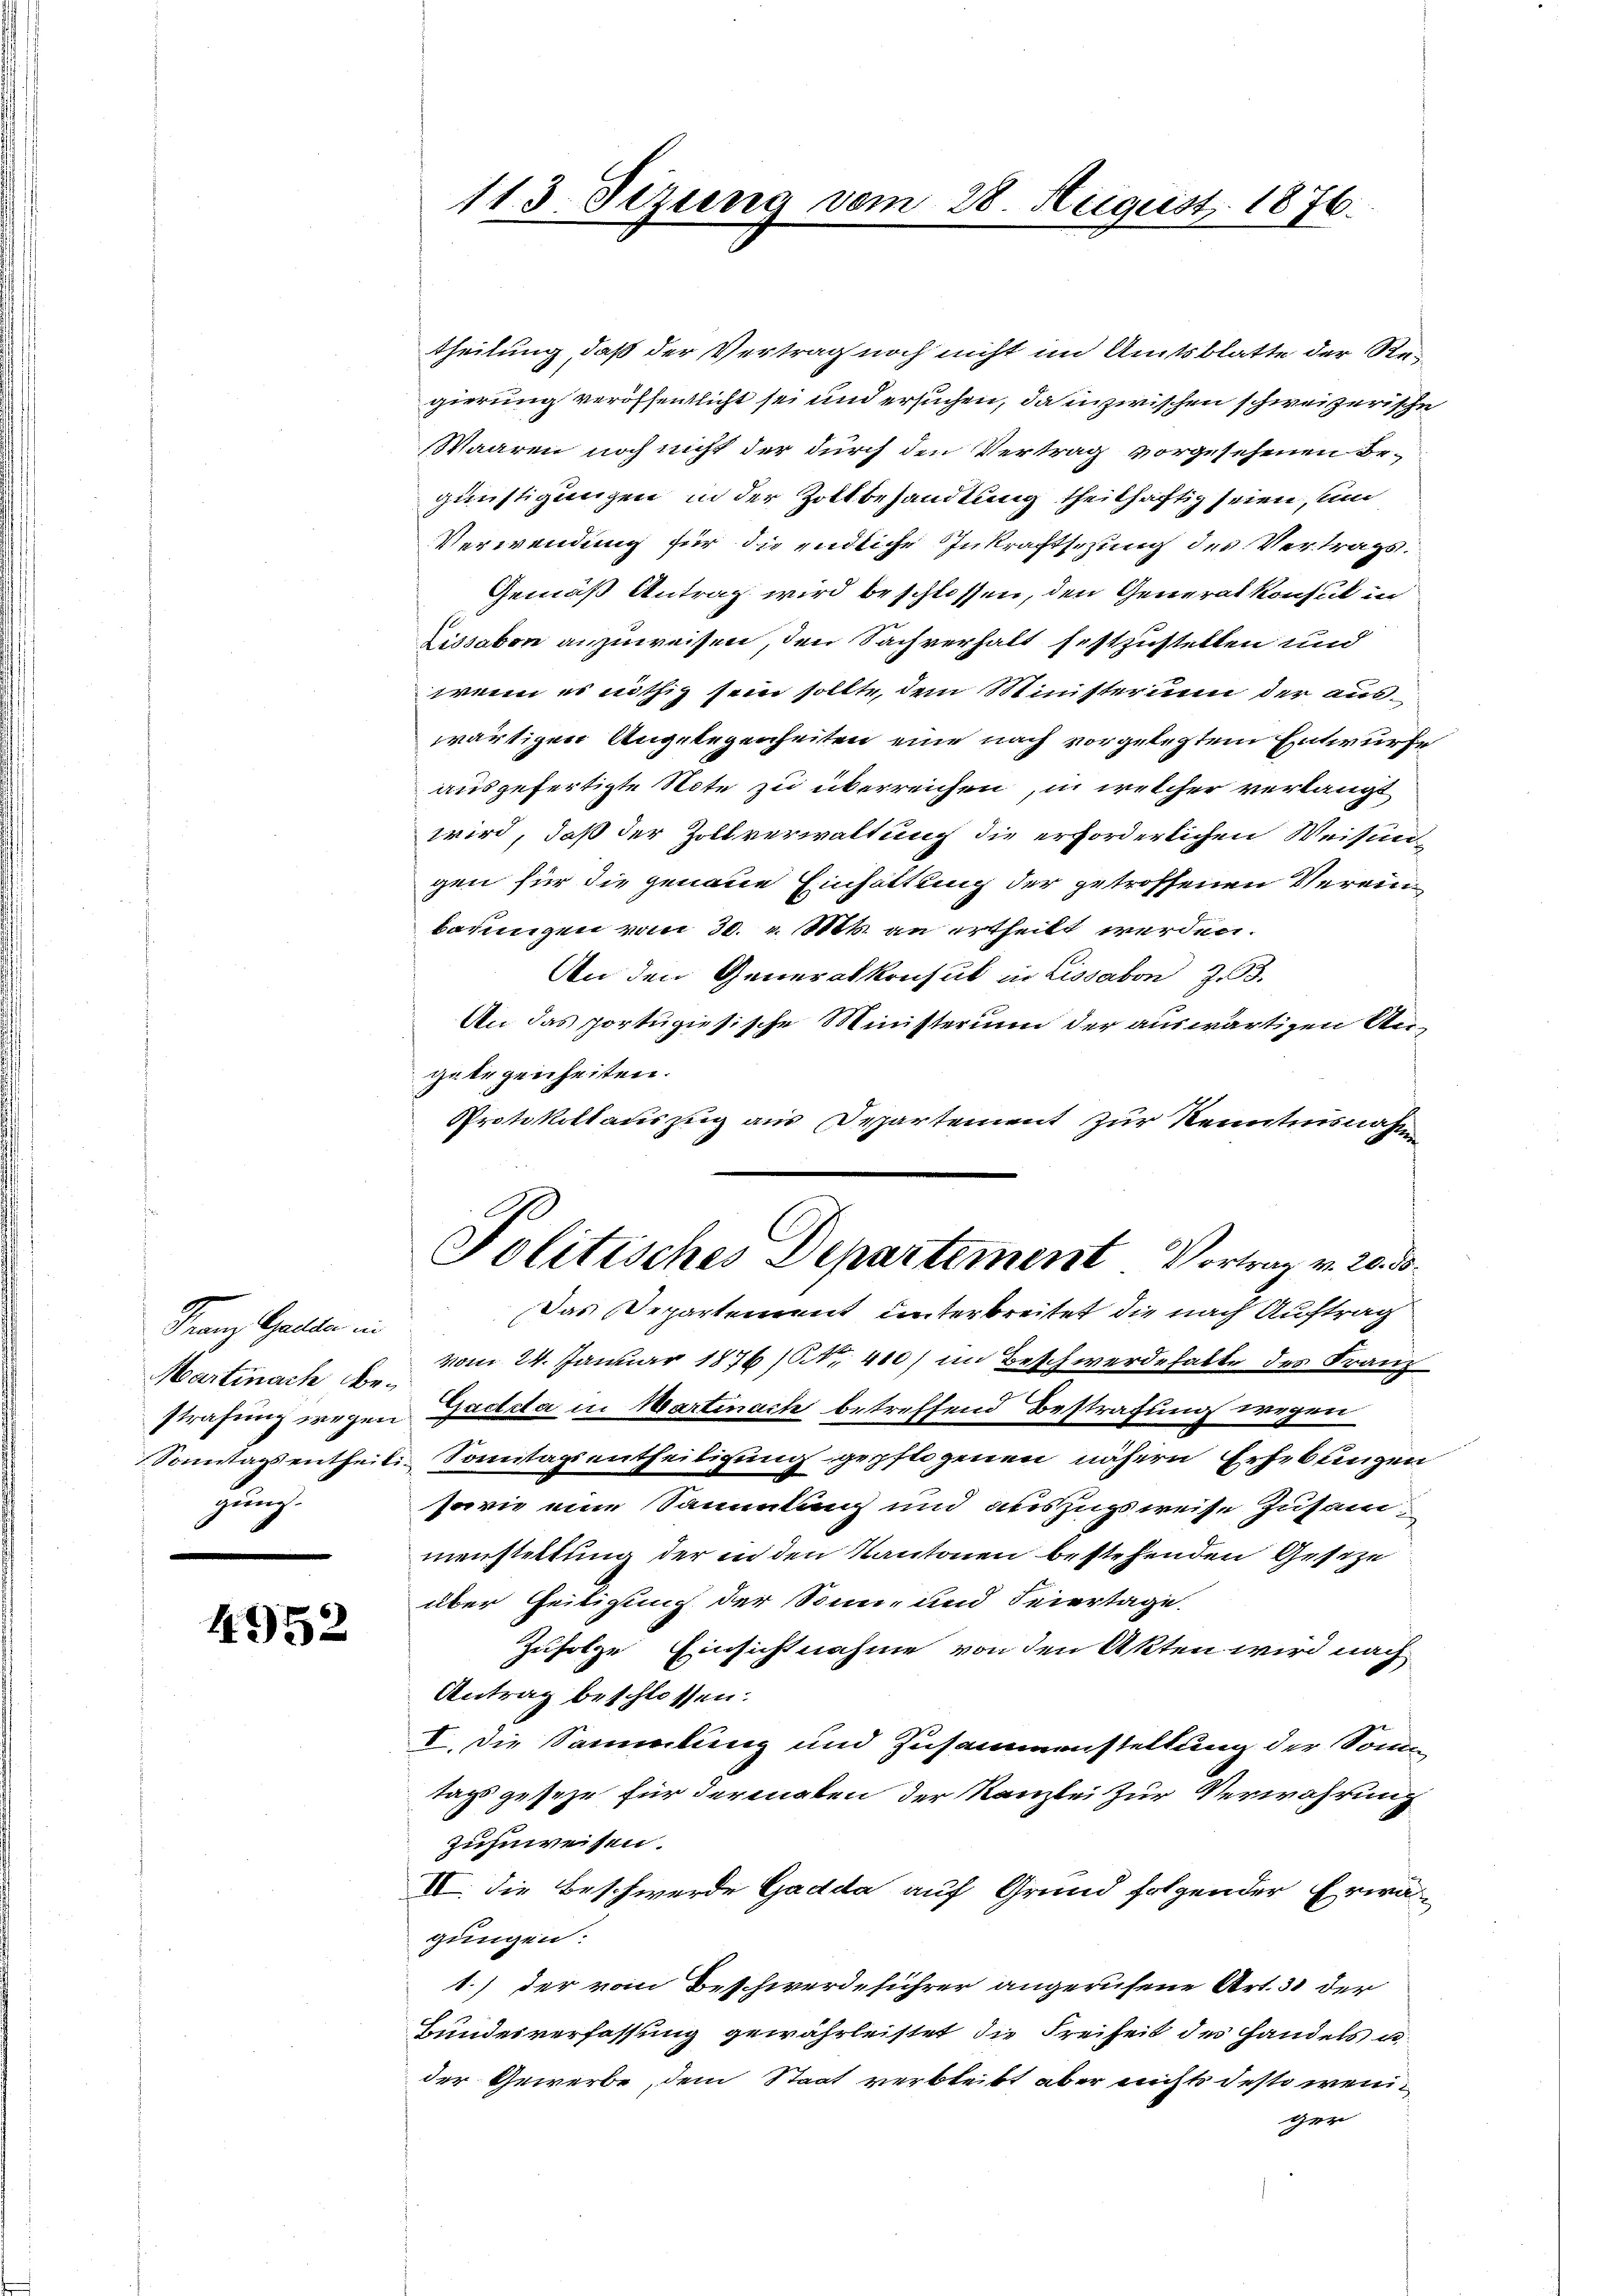
Franz anden in
Martinach Begung.

4952

113. Sizung vom 28. August 1876.

theilung, daß der Vertrag noch nicht im Amtsblatte der Regierung veröffentlicht sei und ersuchen, da inzwischen schweizerische
Waaren noch nicht der durch den Vertrag vorgesehenen Ergünstigungen in der Zollbesandtung theilhaftig seien, und
Verwendung für die endliche Inkraftsezung des Vertrags¬
Gemäß Antrag wird beschlossen, den Generalkonsul in
Lissabon anzuweisen, den Sachverhalt festzustellen und
wenn es nöthig sein sollte, dem Ministerium der auswärtigen Angelegenheiten eine nach vorgelegtem Entwurfe
ausgefertigte Note zu überreichen, in welcher verlangt
wird, daß der Zollverwaltung die erforderlichen Weisun
gen für die genaue Einhaltung der getroffenen Vereinbauungen vom 30. v. Mts. an ertheilt werden.
An den Generalkonsul in Lissabon zu 3.
An das portugisische Ministerium der auswärtigen Angelegenheiten.
Protokollauszug aus Departement zur Kenntnisnahm
Politisches Departement Vortrag v. 20. d.
Das Departement unterbreitet die nach Auftrag
vom 24. Januar 1876 (Nr. 410) im Beschwerdehalte des Franz
strafung wegen Gadda in Martinach betreffend Bestrafung wegen
Sontagsentheili-Sanitagsentheiligung gepflogenen nähern Erhebungen
sowie eine Sammlung und auszugsweise Zusammenstellung der in den Kantonen bestehenden Gesetze
über Zeitigung der Sonn- und Feiertage.
Zufolge Einsichtnahme von den Akten wird nach
Antrag beschlossen:
I. Die Sammlung und Zusammenstellung der Somm
tags gesehr für dermalen der Kanzlei zur Verwahrung
zuzuweisen.
II. Die Beschwerde Gadda auf Grund folgender Erwä-
gungen:
1.) der vom Beschwerdeführer angerufene Art. 31 der
Bundesverfassung gewährleistet die Freiheit des Handels u
der Gewerbe, dem Staat verbleibt aber nichts desto weniger